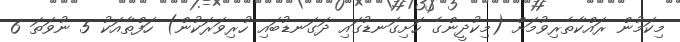
މިކަމުން ރައްކާތެރިވުމަށް (މިކުދީންގެ ހަށިގަނޑުގައި ދަގަނޑުބައި ހުރިވަރަކުން) ހަފްތާއަކު 5 ނުވަތަ 6